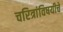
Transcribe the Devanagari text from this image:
चरित्रांविषयीचे